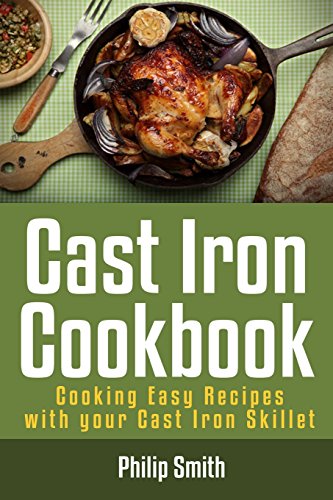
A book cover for Cast Iron Cookbook. Cooking Easy Recipes with your Cast Iron Skillet; Philip Smith; Cookbooks, Food & Wine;